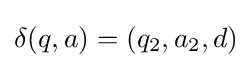
\delta (q,a)=(q_{2},a_{2},d)